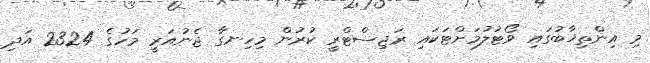
މި އިންތިޚާބުގައި ވޯޓުލުމަށްޓަކައި ރަޖިސްޓްރީ ކުރުން މިހިނގާ ޖެނުއަރީ މަހުގެ 2324 އަދި